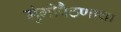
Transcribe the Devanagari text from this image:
मुंगीपैठणाचा